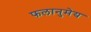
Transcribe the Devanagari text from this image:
फलानुमेय